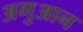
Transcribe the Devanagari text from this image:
अगुआन